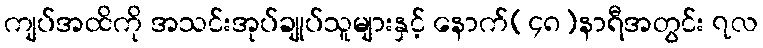
ကျပ်အထိကို အသင်းအုပ်ချုပ်သူများနှင့် နောက်(၄၈)နာရီအတွင်း ၇လ